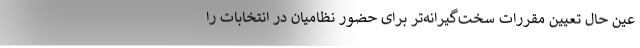
عین حال تعیین مقررات سخت‌گیرانه‌تر برای حضور نظامیان در انتخابات را